Annual report of the Punjab Veterinary College and of the Civil Veterinary Department, Punjab - 1920-1925
Year: 1920
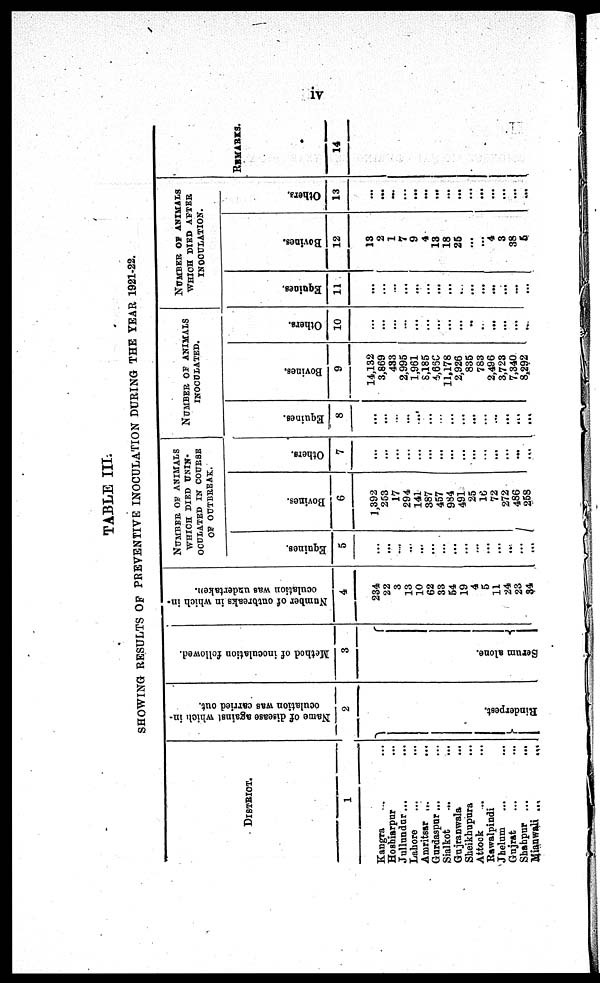
iv
TABLE III.
SHOWI NG RESULTS O F PREVENTIVE INOCULATION DURI NG THE YEAR 1921-22.
DI STRI CT.
1
Kangra ... ...
Hoshiarpur ... ...
Jullundar ... ...
Lahore ... ...
Amritsar ... ...
Gurdaspur . . . ...
Sialkot ... ...
Guj ranwal a ...
Shei khupura ...
Attock ... ...
Rawalpindi
Jhelum ... ...
Gujrat ... ...
Shahpur ... ...
Mianwali ...
...
Name of disease against which in-
oculation was carried out.
2
} Ri nde r
pe s t
.
Method of inoculation followed.
3
{ Se ru
m alone.
Number of outbreaks in which in-
oculation was undertaken.
4
234
22
3
13
10
62
33
54
19
4
5
11
24
23
34
NUMBER OF ANI MALS
WHI CH DI ED UNI N-
OCULATED I N COURSE
OF OUTBREAK.
Equines.
5
...
...
...
...
...
...
...
...
...
...
...
...
...
...
...
Bovines.
6
1, 392
253
17
294
141
387
457
984
491
25
16
72
272
486
258
Others.
7
...
...
...
...
...
...
...
...
...
...
...
...
...
...
...
NUMBER OF ANIMALS
INOCULATED
Equines.
8
...
...
...
...
...
...
...
...
...
...
...
...
...
...
...
Bovines.
9
14, 132
3, 869
433
2, 995
1, 961
8, 185
4, 660
11, 178
2, 926
835
783
2, 496
3, 723
7, 340
8, 292
Others.
10
...
...
... ...
...
...
...
...
... ...
...
...
...
...
...
NUMBER OF ANIMALS
WHI CH DI ED AFTER
I NOCULATI ON.
Equines.
11
...
...
...
...
...
...
...
...
...
...
...
...
...
...
...
Bovines.
12
13
2
1
7
9
4
13
18
25
...
...
4
3
38
5
Others.
13
...
...
...
...
...
...
...
...
...
...
...
...
...
...
...
REMARKS.
14